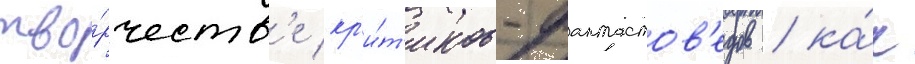
тво́рчеств'е кр'и́т'иков-фантастов'едов / ка́к